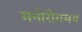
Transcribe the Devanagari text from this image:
मनोरोगमय